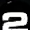
Digit: 2